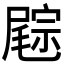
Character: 𡳓